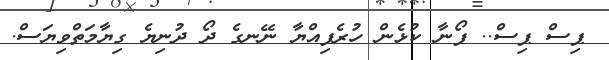
ޕިސް ޕިސް.. ފޯނާ ކުޅެން ހުރެފިއްޔާ ނޭނގެ ދޯ ދުނިޔެ ގިޔާމަތްވިޔަސް.